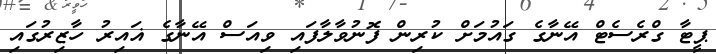
ޕީޓާ ގްރެސެޓް އޭނާގެ ގައުމަށް ކުރިން ފޮނުވާލާފައި ވިއަސް އޭނާގެ ޣައިރު ހާޒިރުގައި